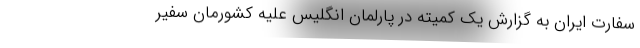
سفارت ایران به گزارش یک کمیته در پارلمان انگلیس علیه کشورمان سفیر